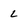
Character: l